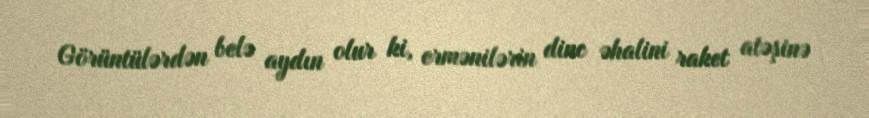
Görüntülərdən belə aydın olur ki, ermənilərin dinc əhalini raket atəşinə